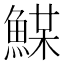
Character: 𩸏